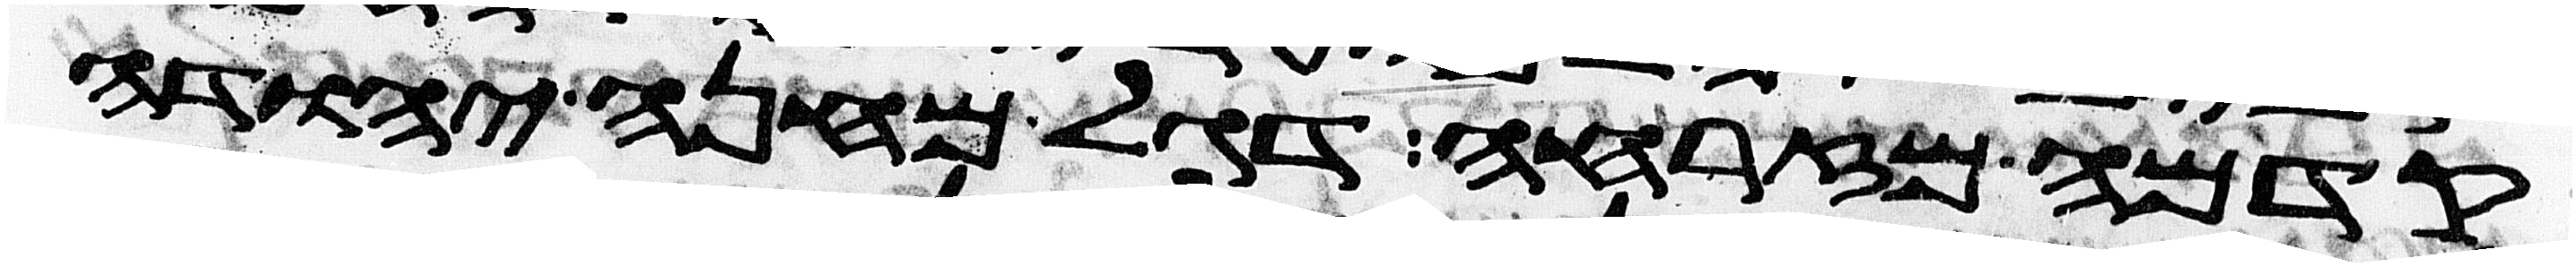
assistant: קדמה מזרחה דגל מחנה יהודה